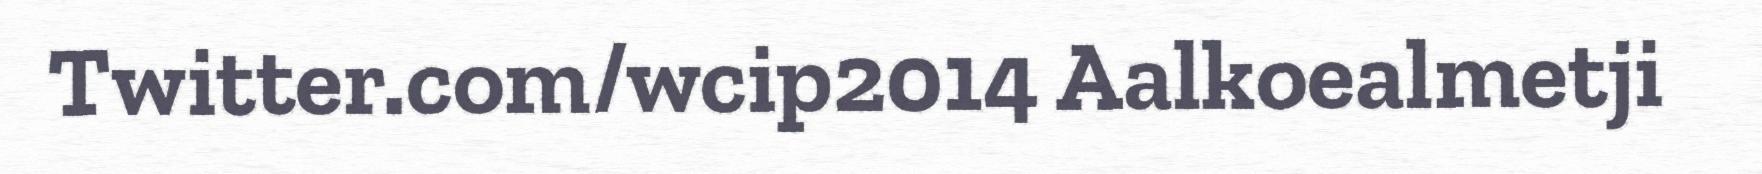
Twitter.com/wcip2014 Aalkoealmetji